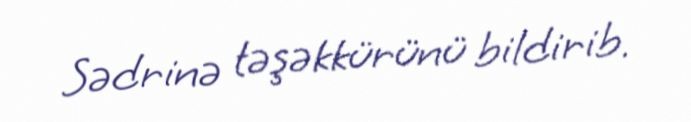
Sədrinə təşəkkürünü bildirib.